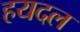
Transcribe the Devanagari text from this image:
हयदल